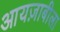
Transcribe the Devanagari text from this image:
आयज़ाबीला